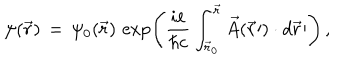
LaTeX: \psi ( \vec { r } ) \, = \, \psi _ { 0 } ( \vec { r } ) \, \exp \left( \frac { i e } { \hbar c } \int _ { { \vec { r } } _ { 0 } } ^ { \vec { r } } \vec { A } ( \vec { r } \prime ) \cdot d \vec { r } \prime \right) \, ,